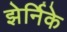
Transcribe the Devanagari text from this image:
झेर्निके